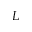
L